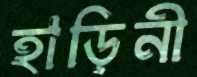
হাড়িনী